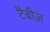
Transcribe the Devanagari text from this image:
टैबीज़